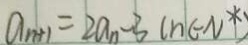
a _ { n + 1 } = 2 a _ { n } - 3 ( n \in N ^ { \ast } )